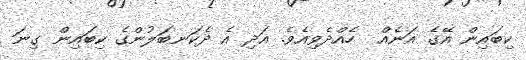
ކިބައިން އޭގެ އަނެއް  ހެއްދެވިއެވެ. އަދި އެ ދެކަނބަލުންގެ ކިބައިން ގިނަ